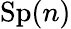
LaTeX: \mathrm{Sp}(n)